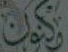
تكون